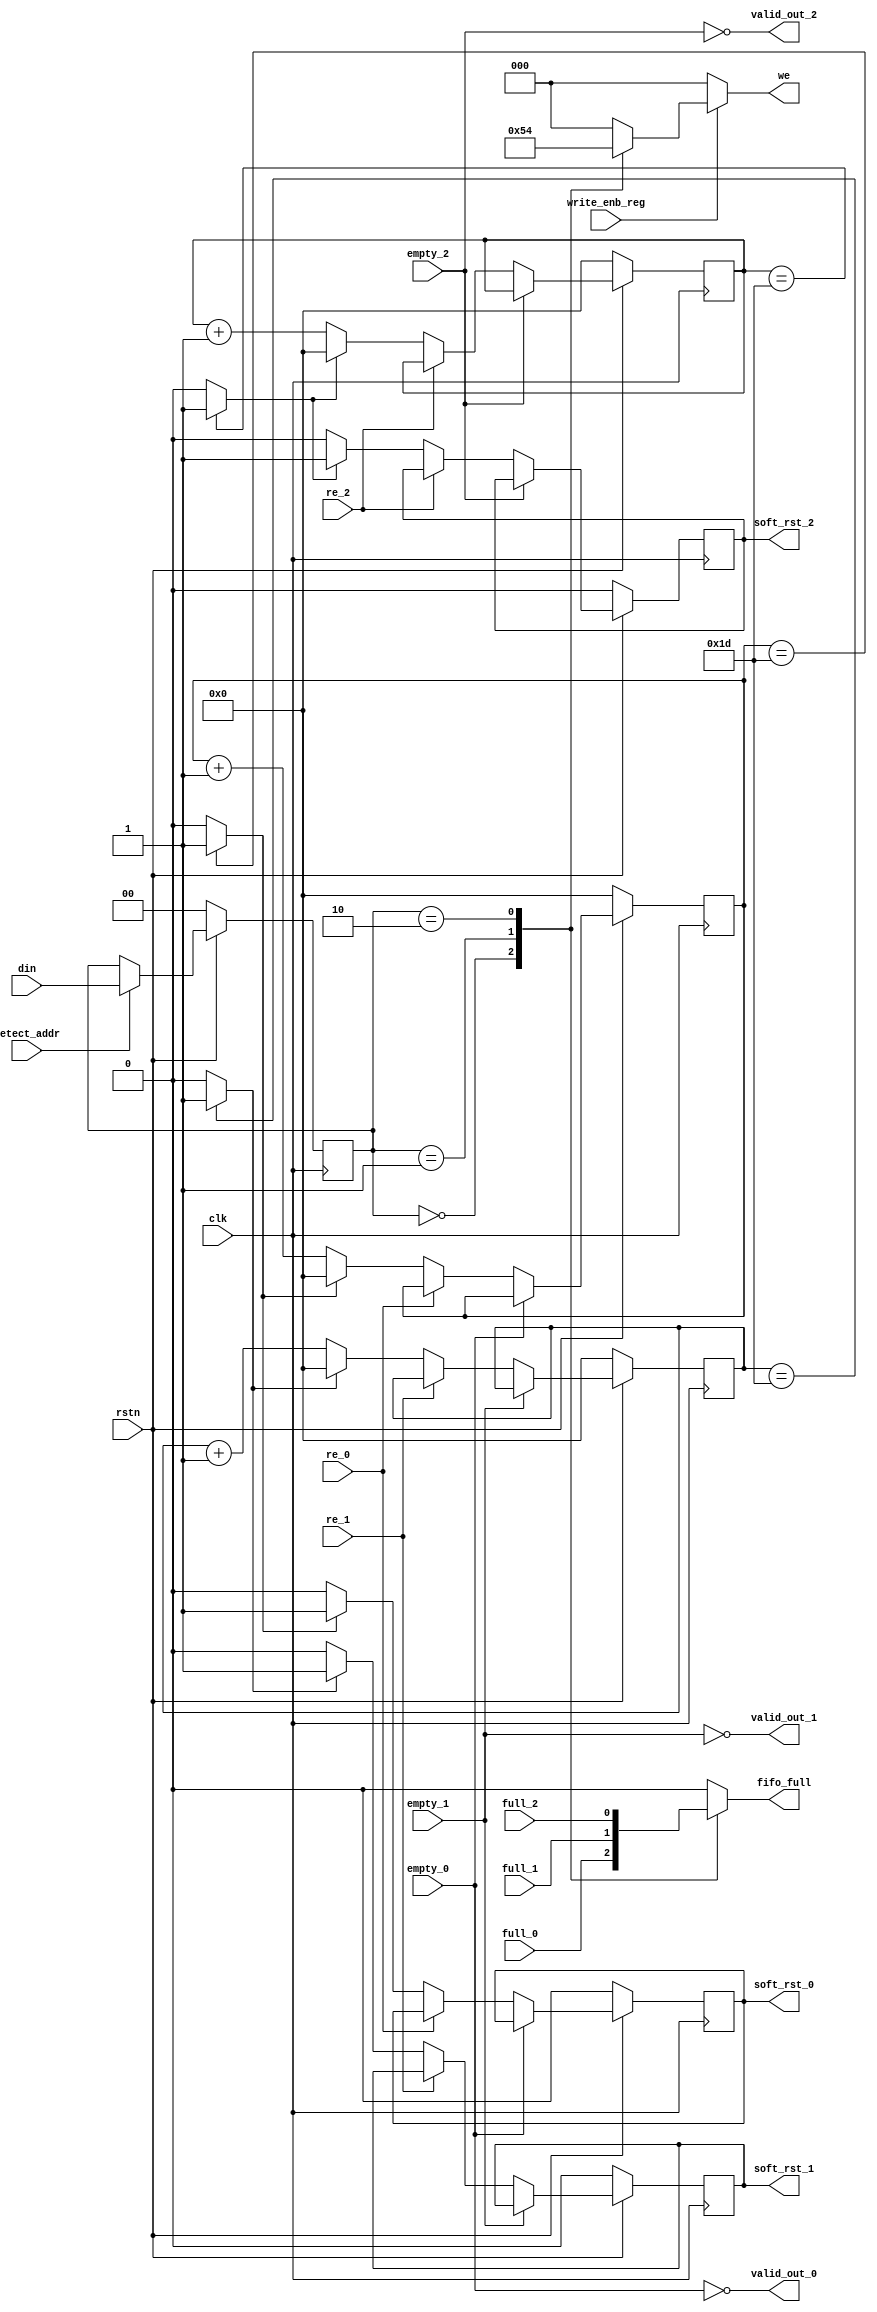
module router_synchronizer(detect_addr,write_enb_reg,clk,rstn,din,re_0,re_1,re_2,empty_0,empty_1,empty_2,full_0,full_1,full_2,fifo_full,we,soft_rst_0,soft_rst_1,soft_rst_2,valid_out_0,valid_out_1,valid_out_2);
input detect_addr,write_enb_reg,clk,rstn;
input[1:0]din;
input re_0,re_1,re_2;
input empty_0,empty_1,empty_2;
input full_0,full_1,full_2;
output reg fifo_full;
output reg[2:0]we;
output reg soft_rst_0,soft_rst_1,soft_rst_2;
output valid_out_0,valid_out_1,valid_out_2;
reg [4:0]timer_0,timer_1,timer_2;
reg [1:0]int_addr_reg;
wire w1=(timer_0==5'd29)?1'b1:1'b0;
wire w2=(timer_1==5'd29)?1'b1:1'b0;
wire w3=(timer_2==5'd29)?1'b1:1'b0;
always@(posedge clk)
begin
        if(~(rstn))
begin
                timer_0<=0;
        soft_rst_0<=0;
end
else if(valid_out_0)
begin
        if(!re_0)
        begin
                if(w1)
                begin
                        soft_rst_0<=1;
                        timer_0<=0;
                end
                else
                begin
                        soft_rst_0<=0;
                        timer_0<=timer_0+1'b1;
                end
        end
end
end
always@(posedge clk)
begin
        if(~(rstn))
begin
                timer_1<=0;
        soft_rst_1<=0;
end
else if(valid_out_1)
begin
        if(!re_1)
        begin
                if(w2)
                begin
                        soft_rst_1<=1;
                        timer_1<=0;
                end
                else
                begin
                        soft_rst_1<=0;
                        timer_1<=timer_1+1'b1;
                end
        end
end
end
always@(posedge clk)
begin
        if(~(rstn))
begin
                timer_2<=0;
        soft_rst_2<=0;
end
else if(valid_out_2)
begin
        if(!re_2)
        begin
                if(w3)
                begin
                        soft_rst_2<=1;
                        timer_2<=0;
                end
                else
                begin
                        soft_rst_2<=0;
                        timer_2<=timer_2+1'b1;
                end
        end
end
end
always@(posedge clk)
begin
        if(~rstn)
                int_addr_reg<=0;
        else if(detect_addr)
                int_addr_reg<=din;
end
always@(*)
begin
        we=3'b000;
        if(write_enb_reg)
        begin
                case(int_addr_reg)
                        2'b00:we=3'b001;
                        2'b01:we=3'b010;
                        2'b10:we=3'b100;
                        default:we=3'b000;
                endcase
        end
end
always@(*)
begin
        case(int_addr_reg)
                2'b00:fifo_full=full_0;
                2'b01:fifo_full=full_1;
                2'b10:fifo_full=full_2;
                default:fifo_full=0;
        endcase
end
assign valid_out_0=~empty_0;
assign valid_out_1=~empty_1;
assign valid_out_2=~empty_2;
endmodule